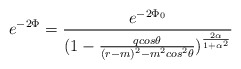
\begin{align*}e^{-2\Phi} = {e^{-2\Phi_{0}}\over (1 - {qcos\theta\over(r - m)^{2} - m^{2}cos^{2}\theta})^{2\alpha\over 1 + \alpha^{2}}}\end{align*}